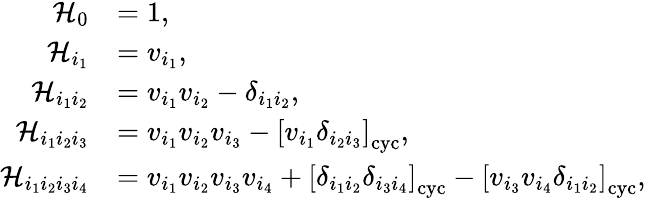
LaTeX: \begin{array}{rl}{\mathcal{H}_{0}}&{=1,}\\ {\mathcal{H}_{i_{1}}}&{=v_{i_{1}},}\\ {\mathcal{H}_{i_{1}i_{2}}}&{=v_{i_{1}}v_{i_{2}}-\delta_{i_{1}i_{2}},}\\ {\mathcal{H}_{i_{1}i_{2}i_{3}}}&{=v_{i_{1}}v_{i_{2}}v_{i_{3}}-\left[v_{i_{1}}\delta_{i_{2}i_{3}}\right]_{\mathrm{cyc}},}\\ {\mathcal{H}_{i_{1}i_{2}i_{3}i_{4}}}&{=v_{i_{1}}v_{i_{2}}v_{i_{3}}v_{i_{4}}+\left[\delta_{i_{1}i_{2}}\delta_{i_{3}i_{4}}\right]_{\mathrm{cyc}}-\left[v_{i_{3}}v_{i_{4}}\delta_{i_{1}i_{2}}\right]_{\mathrm{cyc}},}\end{array}